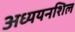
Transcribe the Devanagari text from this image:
अध्ययनशिल